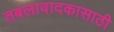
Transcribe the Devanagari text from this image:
तबलावादकासाठी